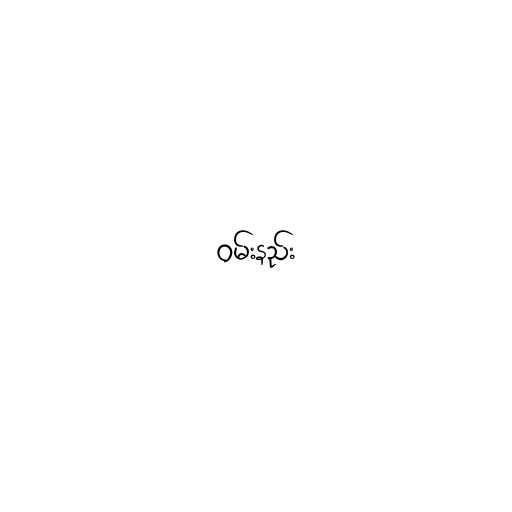
ဝမ်းနည်း